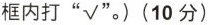
框内打”√”。)(10分)